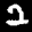
Label: 2